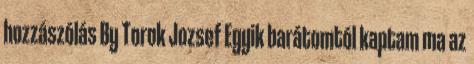
hozzászólás By Torok Jozsef Egyik barátomtól kaptam ma az